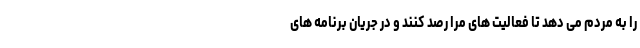
را به مردم می دهد تا فعالیت های مرا رصد کنند و در جریان برنامه های